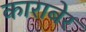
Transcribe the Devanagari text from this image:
काराबेर